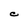
Character: C